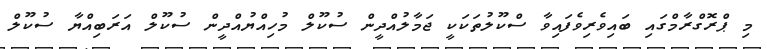
މި ޕްރޮގްރާމްގައި ބައިވެރިވެފައިވާ ސްކޫލުތަކަކީ ޖަމާލުއްދީން ސުކޫލް މުހިއްޔުއްދީން ސުކޫލް އަރަބިއްޔާ ސުކޫލް